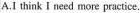
A.I think I need more practice.